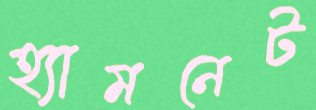
হ্যামনেট